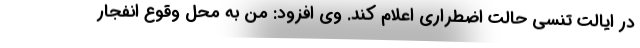
در ایالت تنسی حالت اضطراری اعلام کند. وی افزود: من به محل وقوع انفجار